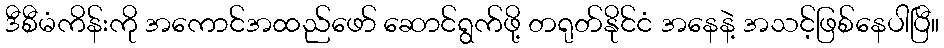
ဒီစီမံကိန်းကို အကောင်အထည်ဖော် ဆောင်ရွက်ဖို့ တရုတ်နိုင်ငံ အနေနဲ့ အသင့်ဖြစ်နေပါပြီ။